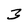
Character: 3